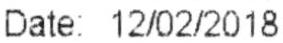
DATE: 12/02/2018